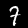
Digit: 7